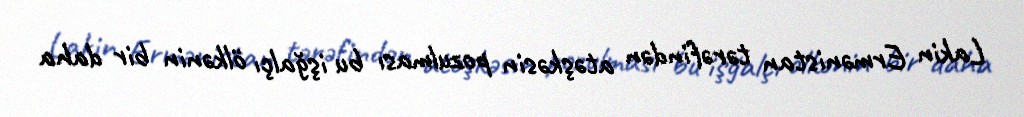
Lakin Ermənistan tərəfindən atəşkəsin pozulması bu işğalçı ölkənin bir daha